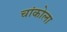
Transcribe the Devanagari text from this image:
चांकोला